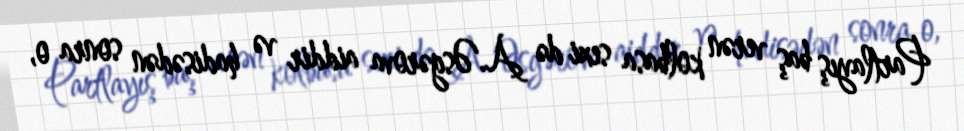
Partlayış baş verən kolbasa sexi də A.Əsgərova aiddir və hadisədən sonra o,